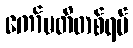
ကော်မတီတစ်ရပ်